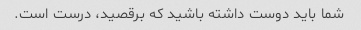
شما باید دوست داشته باشید که برقصید، درست است.